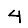
Digit: 4